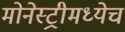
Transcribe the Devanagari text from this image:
मोनेस्ट्रीमध्येच